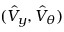
( \hat { V } _ { y } , \hat { V } _ { \theta } )